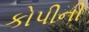
કોપીની